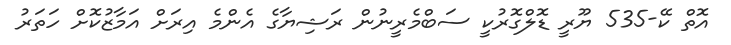
އޮތް ކޭ-535 ޔޫރީ ޑޮލްގޮރުކީ ސަބްމެރީނުން ރަޝިޔާގެ އެންމެ އިރަށް އަމާާޒުކޮށް ހަތަރު